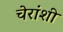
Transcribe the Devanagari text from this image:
चेरांशी